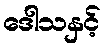
ဒေါသနှင့်